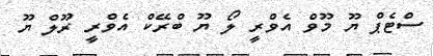
ސްޓެޕް ޔޫ މޫވް އެވްރީ ލޯ ޔޫ ބްރޭކް އެވްރީ ރޫލް ޔޫ